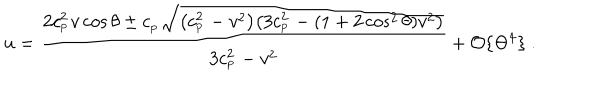
u = { \frac { 2 c _ { _ \mathrm { P } } ^ { 2 } v \cos \theta \pm c _ { _ \mathrm { P } } \sqrt { \big ( c _ { _ \mathrm { P } } ^ { 2 } - v ^ { 2 } \big ) \big ( 3 c _ { _ \mathrm { P } } ^ { 2 } - ( 1 + 2 \cos ^ { 2 } \theta ) v ^ { 2 } \big ) } } { 3 c _ { _ \mathrm { P } } ^ { 2 } - v ^ { 2 } } } + { \cal O } \{ \Theta ^ { 4 } \} \ .